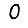
Digit: 0